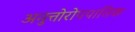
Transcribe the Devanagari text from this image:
अनुत्तोरोपपातिक